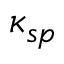
\kappa _ { s p }